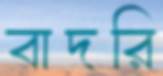
বাদরি